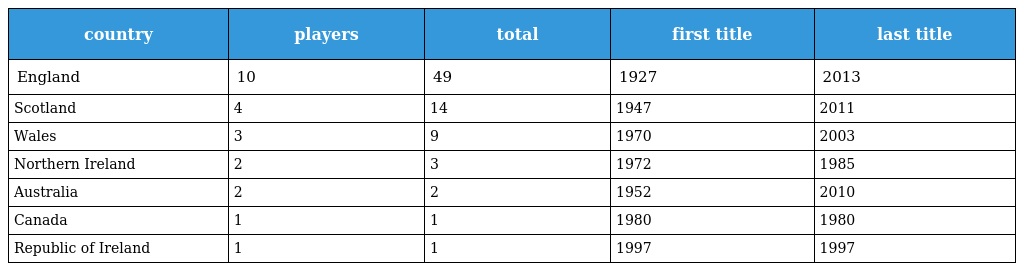
| country | players | total | first title | last title |
 | --- | --- | --- | --- | --- |
 | England | 10 | 49 | 1927 | 2013 |
 | Scotland | 4 | 14 | 1947 | 2011 |
 | Wales | 3 | 9 | 1970 | 2003 |
 | Northern Ireland | 2 | 3 | 1972 | 1985 |
 | Australia | 2 | 2 | 1952 | 2010 |
 | Canada | 1 | 1 | 1980 | 1980 |
 | Republic of Ireland | 1 | 1 | 1997 | 1997 |